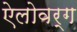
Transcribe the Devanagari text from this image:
ऐलोवर्ग